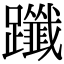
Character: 𨇦